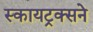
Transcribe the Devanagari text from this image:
स्कायट्रक्सने